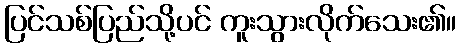
ပြင်သစ်ပြည်သို့ပင် ကူးသွားလိုက်သေး၏။